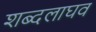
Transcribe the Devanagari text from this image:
शब्दलाघव